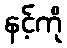
နင့်ကို